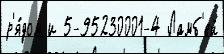
р'я́дом и 5-95230001-4 Ламб'ей